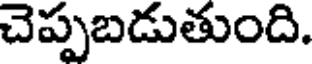
చెప్పబడుతుంది.